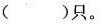
害虫( )只。